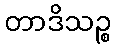
တာဒိသဉ္စ